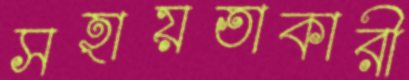
সহায়তাকারী